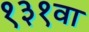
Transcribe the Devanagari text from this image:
१३१वा